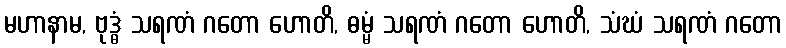
မဟာနာမ, ဗုဒ္ဓံ သရဏံ ဂတော ဟောတိ, ဓမ္မံ သရဏံ ဂတော ဟောတိ, သံဃံ သရဏံ ဂတော